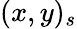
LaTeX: (x,y)_{s}